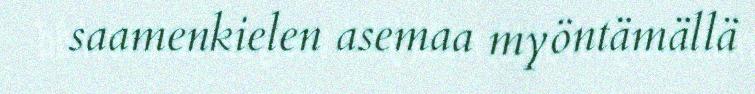
saamenkielen asemaa myöntämällä